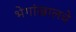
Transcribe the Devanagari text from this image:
भेगांखालचे